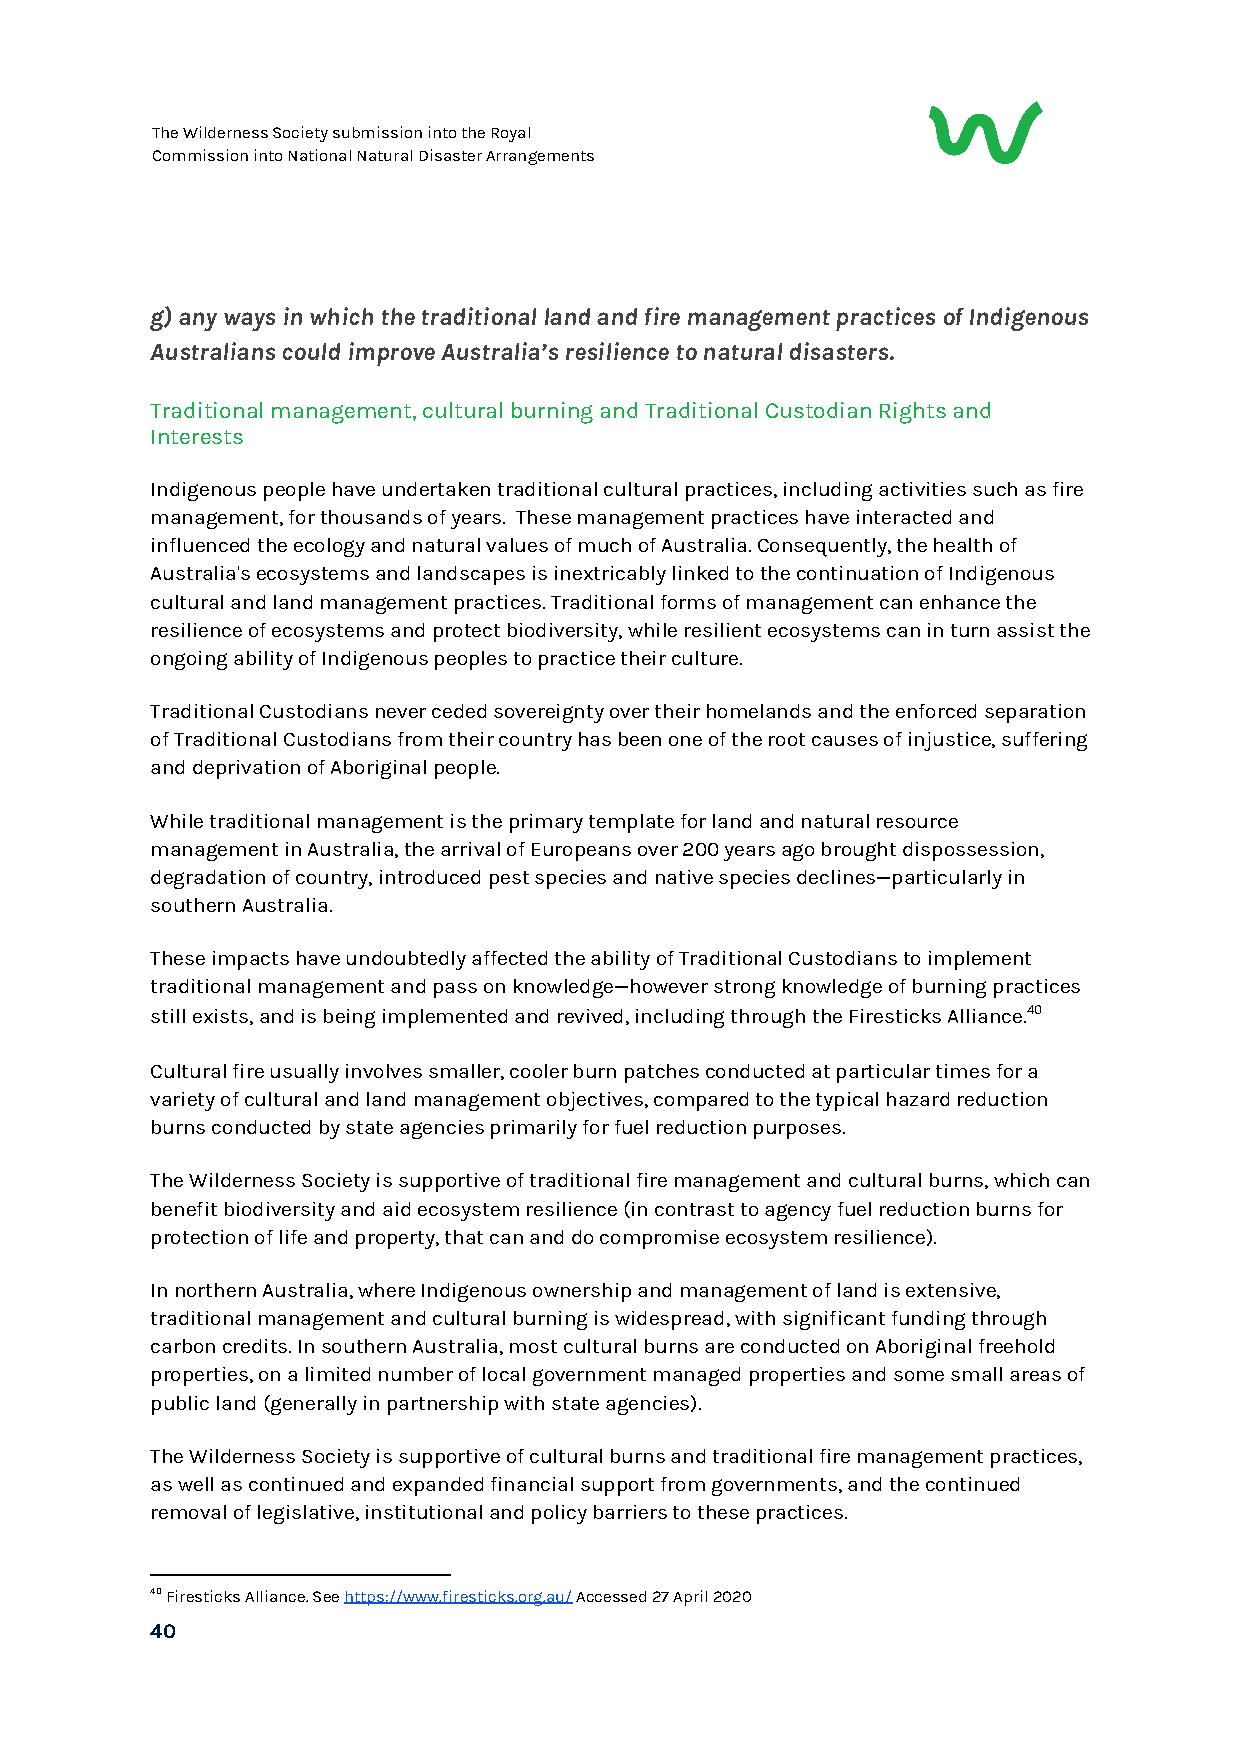
The Wilderness Society submission into the Royal
 Commission into National Natural Disaster Arrangements
 g) any ways in which the traditional land and fire management practices of Indigenous
 Australians could improve Australia’s resilience to natural disasters.
 Traditional management, cultural burning and Traditional Custodian Rights and
 Interests
 Indigenous people have undertaken traditional cultural practices, including activities such as fire
 management, for thousands of years. These management practices have interacted and
 influenced the ecology and natural values of much of Australia. Consequently, the health of
 Australia's ecosystems and landscapes is inextricably linked to the continuation of Indigenous
 cultural and land management practices. Traditional forms of management can enhance the
 resilience of ecosystems and protect biodiversity, while resilient ecosystems can in turn assist the
 ongoing ability of Indigenous peoples to practice their culture.
 Traditional Custodians never ceded sovereignty over their homelands and the enforced separation
 of Traditional Custodians from their country has been one of the root causes of injustice, suffering
 and deprivation of Aboriginal people.
 While traditional management is the primary template for land and natural resource
 management in Australia, the arrival of Europeans over 200 years ago brought dispossession,
 degradation of country, introduced pest species and native species declines—particularly in
 southern Australia.
 These impacts have undoubtedly affected the ability of Traditional Custodians to implement
 traditional management and pass on knowledge—however strong knowledge of burning practices
 still exists, and is being implemented and revived, including through the Firesticks Alliance.40
 Cultural fire usually involves smaller, cooler burn patches conducted at particular times for a
 variety of cultural and land management objectives, compared to the typical hazard reduction
 burns conducted by state agencies primarily for fuel reduction purposes.
 The Wilderness Society is supportive of traditional fire management and cultural burns, which can
 benefit biodiversity and aid ecosystem resilience (in contrast to agency fuel reduction burns for
 protection of life and property, that can and do compromise ecosystem resilience).
 In northern Australia, where Indigenous ownership and management of land is extensive,
 traditional management and cultural burning is widespread, with significant funding through
 carbon credits. In southern Australia, most cultural burns are conducted on Aboriginal freehold
 properties, on a limited number of local government managed properties and some small areas of
 public land (generally in partnership with state agencies).
 The Wilderness Society is supportive of cultural burns and traditional fire management practices,
 as well as continued and expanded financial support from governments, and the continued
 removal of legislative, institutional and policy barriers to these practices.
 40 Firesticks Alliance. See https://www.firesticks.org.au/ Accessed 27 April 2020
 ​​              ​
 40